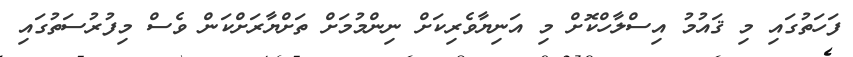
ފަހަތުގައި މި ޤައުމު އިސްލާހްކޮށް މި އަނިޔާވެރިކަށް ނިންމުމަށް ތަށްޔާރަށްކަން ވެސް މިފުރުސަތުގައި